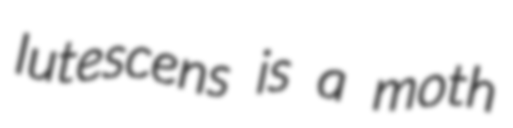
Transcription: lutescens is a moth